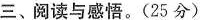
三、阅读与感悟。(25分)